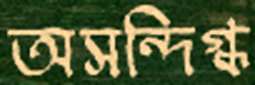
অসন্দিগ্ধ